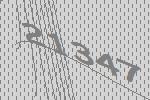
21347